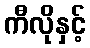
ကီလိုနှင့်